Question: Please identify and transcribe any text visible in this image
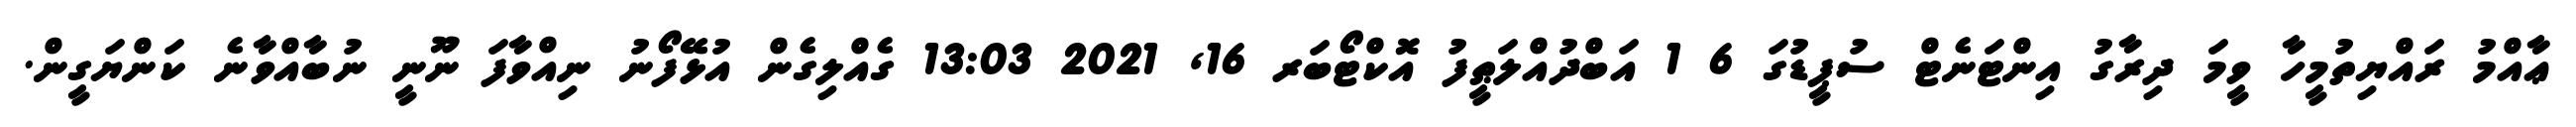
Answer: ޢާއްމު ރައްޔިތުމީހާ ވީމަ ދިރާގު އިންޓަނެޓް ސުޕީޑުގަ 6 1 އަބްދުއްލަޠީފު އޮކްޓޯބަރ 16, 2021 13:03 ގެއްލިގެން އުޅޭފޯނު ނިއްވާފަ ނޫނީ ނުބާއްވާނެ ކަންޔަގީން.